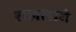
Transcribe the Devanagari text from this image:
राललागे